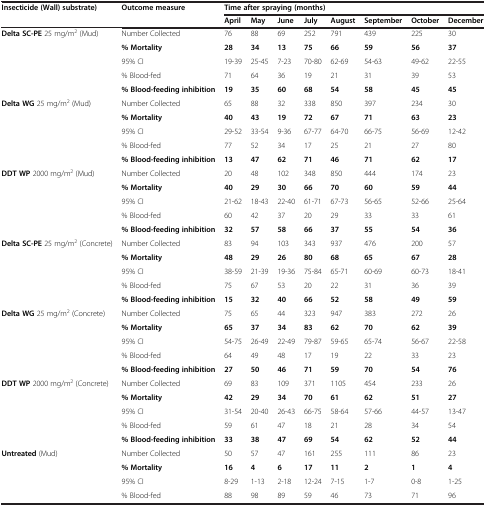
<table><thead><tr><td rowspan="2"><b>Insecticide (Wall) substrate)</b></td><td rowspan="2"><b>Outcome measure</b></td><td colspan="8"><b>Time after spraying (months)</b></td></tr><tr><td><b>April</b></td><td><b>May</b></td><td><b>June</b></td><td><b>July</b></td><td><b>August</b></td><td><b>September</b></td><td><b>October</b></td><td><b>December</b></td></tr></thead><tbody><tr><td rowspan="5"><b>Delta SC-PE</b> 25 mg/m<sup>2</sup> (Mud)</td><td>Number Collected</td><td>76</td><td>88</td><td>69</td><td>252</td><td>791</td><td>439</td><td>225</td><td>30</td></tr><tr><td><b>% Mortality</b></td><td><b>28</b></td><td><b>34</b></td><td><b>13</b></td><td><b>75</b></td><td><b>66</b></td><td><b>59</b></td><td><b>56</b></td><td><b>37</b></td></tr><tr><td>95% CI</td><td>19-39</td><td>25-45</td><td>7-23</td><td>70-80</td><td>62-69</td><td>54-63</td><td>49-62</td><td>22-55</td></tr><tr><td>% Blood-fed</td><td>71</td><td>64</td><td>36</td><td>19</td><td>21</td><td>31</td><td>39</td><td>53</td></tr><tr><td><b>% Blood-feeding inhibition</b></td><td><b>19</b></td><td><b>35</b></td><td><b>60</b></td><td><b>68</b></td><td><b>54</b></td><td><b>58</b></td><td><b>45</b></td><td><b>45</b></td></tr><tr><td rowspan="5"><b>Delta WG</b> 25 mg/m<sup>2</sup> (Mud)</td><td>Number Collected</td><td>65</td><td>88</td><td>32</td><td>338</td><td>850</td><td>397</td><td>234</td><td>30</td></tr><tr><td><b>% Mortality</b></td><td><b>40</b></td><td><b>43</b></td><td><b>19</b></td><td><b>72</b></td><td><b>67</b></td><td><b>71</b></td><td><b>63</b></td><td><b>23</b></td></tr><tr><td>95% CI</td><td>29-52</td><td>33-54</td><td>9-36</td><td>67-77</td><td>64-70</td><td>66-75</td><td>56-69</td><td>12-42</td></tr><tr><td>% Blood-fed</td><td>77</td><td>52</td><td>34</td><td>17</td><td>25</td><td>21</td><td>27</td><td>80</td></tr><tr><td><b>% Blood-feeding inhibition</b></td><td><b>13</b></td><td><b>47</b></td><td><b>62</b></td><td><b>71</b></td><td><b>46</b></td><td><b>71</b></td><td><b>62</b></td><td><b>17</b></td></tr><tr><td rowspan="5"><b>DDT WP</b> 2000 mg/m<sup>2</sup> (Mud)</td><td>Number Collected</td><td>20</td><td>48</td><td>102</td><td>348</td><td>850</td><td>444</td><td>174</td><td>23</td></tr><tr><td><b>% Mortality</b></td><td><b>40</b></td><td><b>29</b></td><td><b>30</b></td><td><b>66</b></td><td><b>70</b></td><td><b>60</b></td><td><b>59</b></td><td><b>44</b></td></tr><tr><td>95% CI</td><td>21-62</td><td>18-43</td><td>22-40</td><td>61-71</td><td>67-73</td><td>56-65</td><td>52-66</td><td>25-64</td></tr><tr><td>% Blood-fed</td><td>60</td><td>42</td><td>37</td><td>20</td><td>29</td><td>33</td><td>33</td><td>61</td></tr><tr><td><b>% Blood-feeding inhibition</b></td><td><b>32</b></td><td><b>57</b></td><td><b>58</b></td><td><b>66</b></td><td><b>37</b></td><td><b>55</b></td><td><b>54</b></td><td><b>36</b></td></tr><tr><td rowspan="5"><b>Delta SC-PE</b> 25 mg/m<sup>2</sup> (Concrete)</td><td>Number Collected</td><td>83</td><td>94</td><td>103</td><td>343</td><td>937</td><td>476</td><td>200</td><td>57</td></tr><tr><td><b>% Mortality</b></td><td><b>48</b></td><td><b>29</b></td><td><b>26</b></td><td><b>80</b></td><td><b>68</b></td><td><b>65</b></td><td><b>67</b></td><td><b>28</b></td></tr><tr><td>95% CI</td><td>38-59</td><td>21-39</td><td>19-36</td><td>75-84</td><td>65-71</td><td>60-69</td><td>60-73</td><td>18-41</td></tr><tr><td>% Blood-fed</td><td>75</td><td>67</td><td>53</td><td>20</td><td>22</td><td>31</td><td>36</td><td>39</td></tr><tr><td><b>% Blood-feeding inhibition</b></td><td><b>15</b></td><td><b>32</b></td><td><b>40</b></td><td><b>66</b></td><td><b>52</b></td><td><b>58</b></td><td><b>49</b></td><td><b>59</b></td></tr><tr><td rowspan="5"><b>Delta WG</b> 25 mg/m<sup>2</sup> (Concrete)</td><td>Number Collected</td><td>75</td><td>65</td><td>44</td><td>323</td><td>947</td><td>383</td><td>272</td><td>26</td></tr><tr><td><b>% Mortality</b></td><td><b>65</b></td><td><b>37</b></td><td><b>34</b></td><td><b>83</b></td><td><b>62</b></td><td><b>70</b></td><td><b>62</b></td><td><b>39</b></td></tr><tr><td>95% CI</td><td>54-75</td><td>26-49</td><td>22-49</td><td>79-87</td><td>59-65</td><td>65-74</td><td>56-67</td><td>22-58</td></tr><tr><td>% Blood-fed</td><td>64</td><td>49</td><td>48</td><td>17</td><td>19</td><td>22</td><td>33</td><td>23</td></tr><tr><td><b>% Blood-feeding inhibition</b></td><td><b>27</b></td><td><b>50</b></td><td><b>46</b></td><td><b>71</b></td><td><b>59</b></td><td><b>70</b></td><td><b>54</b></td><td><b>76</b></td></tr><tr><td rowspan="5"><b>DDT WP</b> 2000 mg/m<sup>2</sup> (Concrete)</td><td>Number Collected</td><td>69</td><td>83</td><td>109</td><td>371</td><td>1105</td><td>454</td><td>233</td><td>26</td></tr><tr><td><b>% Mortality</b></td><td><b>42</b></td><td><b>29</b></td><td><b>34</b></td><td><b>70</b></td><td><b>61</b></td><td><b>62</b></td><td><b>51</b></td><td><b>27</b></td></tr><tr><td>95% CI</td><td>31-54</td><td>20-40</td><td>26-43</td><td>66-75</td><td>58-64</td><td>57-66</td><td>44-57</td><td>13-47</td></tr><tr><td>% Blood-fed</td><td>59</td><td>61</td><td>47</td><td>18</td><td>21</td><td>28</td><td>34</td><td>54</td></tr><tr><td><b>% Blood-feeding inhibition</b></td><td><b>33</b></td><td><b>38</b></td><td><b>47</b></td><td><b>69</b></td><td><b>54</b></td><td><b>62</b></td><td><b>52</b></td><td><b>44</b></td></tr><tr><td rowspan="4"><b>Untreated</b> (Mud)</td><td>Number Collected</td><td>50</td><td>57</td><td>47</td><td>161</td><td>255</td><td>111</td><td>86</td><td>23</td></tr><tr><td><b>% Mortality</b></td><td><b>16</b></td><td><b>4</b></td><td><b>6</b></td><td><b>17</b></td><td><b>11</b></td><td><b>2</b></td><td><b>1</b></td><td><b>4</b></td></tr><tr><td>95% CI</td><td>8-29</td><td>1-13</td><td>2-18</td><td>12-24</td><td>7-15</td><td>1-7</td><td>0-8</td><td>1-25</td></tr><tr><td>% Blood-fed</td><td>88</td><td>98</td><td>89</td><td>59</td><td>46</td><td>73</td><td>71</td><td>96</td></tr></tbody></table>